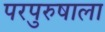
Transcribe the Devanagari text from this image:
परपुरुषाला